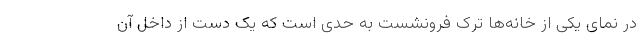
در نمای یکی از خانه‌ها ترک فرونشست به حدی است که یک دست از داخل آن